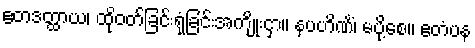
ဧတဒတ္ထာယ၊ ထိုဝတ်ခြင်းရုံခြင်းအကျိုးငှာ။ နပဟိဏိံ၊ မပို့စေ။ ဧတံပန